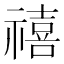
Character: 禧